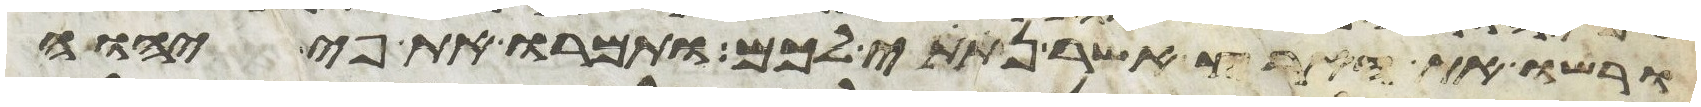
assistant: ורשו את הארץ אשר נתתי לכם ותמרו את פי יהוה